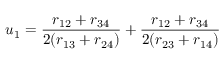
u _ { 1 } = \frac { r _ { 1 2 } + r _ { 3 4 } } { 2 ( r _ { 1 3 } + r _ { 2 4 } ) } + \frac { r _ { 1 2 } + r _ { 3 4 } } { 2 ( r _ { 2 3 } + r _ { 1 4 } ) }